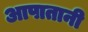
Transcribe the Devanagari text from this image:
आपातानी